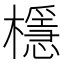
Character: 檼